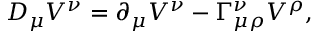
D _ { \mu } V ^ { \nu } = \partial _ { \mu } V ^ { \nu } - \Gamma _ { \mu \rho } ^ { \nu } V ^ { \rho } ,